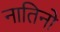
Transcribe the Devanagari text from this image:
नातिनो